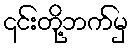
၎င်းတို့ဘက်မှ